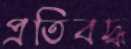
প্রতিবদ্ধ